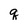
Character: q